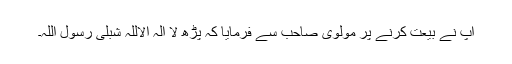
آپ نے بیعت کرنے پر مولوی صاحب سے فرمایا کہ پڑھ لا الہ الاللہ شبلی رسول اللہ۔